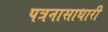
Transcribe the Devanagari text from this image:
पत्रनासाधारी